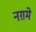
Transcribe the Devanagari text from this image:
नग़मे